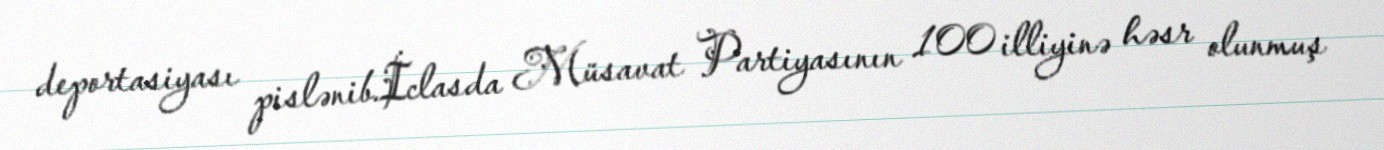
deportasiyası pislənib.İclasda Müsavat Partiyasının 100 illiyinə həsr olunmuş